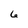
Character: 6